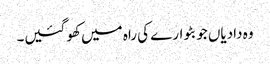
وہ دادیاں جو بٹوارے کی راہ میں کھو گئیں۔